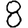
Digit: 8